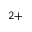
^ { 2 + }